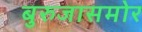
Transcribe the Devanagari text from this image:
बुरुजासमोर